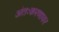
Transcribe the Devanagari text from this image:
अंतःकरणावर